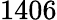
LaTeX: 1406